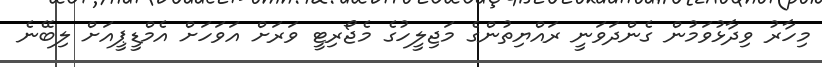
މިހާރު ވިދާޅުވަމުން ގެންދަވަނީ ރައްޔިތުންގެ މަޖިލީހުގެ މެޖޯރިޓީ ވަރަށް އަވަހަށް އެމްޑީޕީއަށް ލިބޭނެ